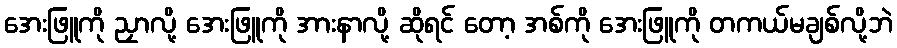
အေးဖြူကို ညှာလို့ အေးဖြူကို အားနာလို့ ဆိုရင် တော့ အစ်ကို အေးဖြူကို တကယ်မချစ်လို့ဘဲ